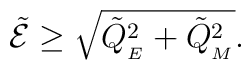
\tilde{\cal E} \geq \sqrt{{\tilde{Q}_{_{E}}}^2 + {\tilde{Q}_{_{M}}}^2}  .